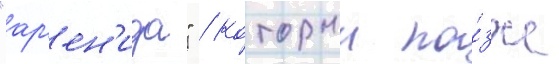
"ар'ен'ида" / которыи по́зже